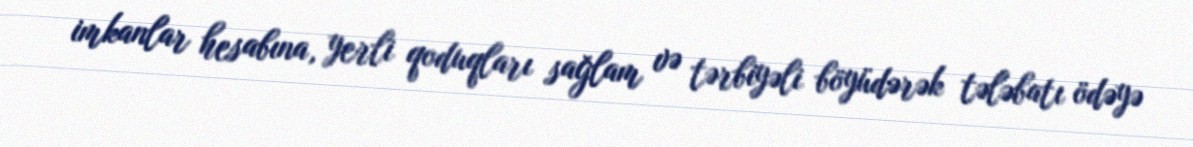
imkanlar hesabına, yerli qoduqları sağlam və tərbiyəli böyüdərək tələbatı ödəyə